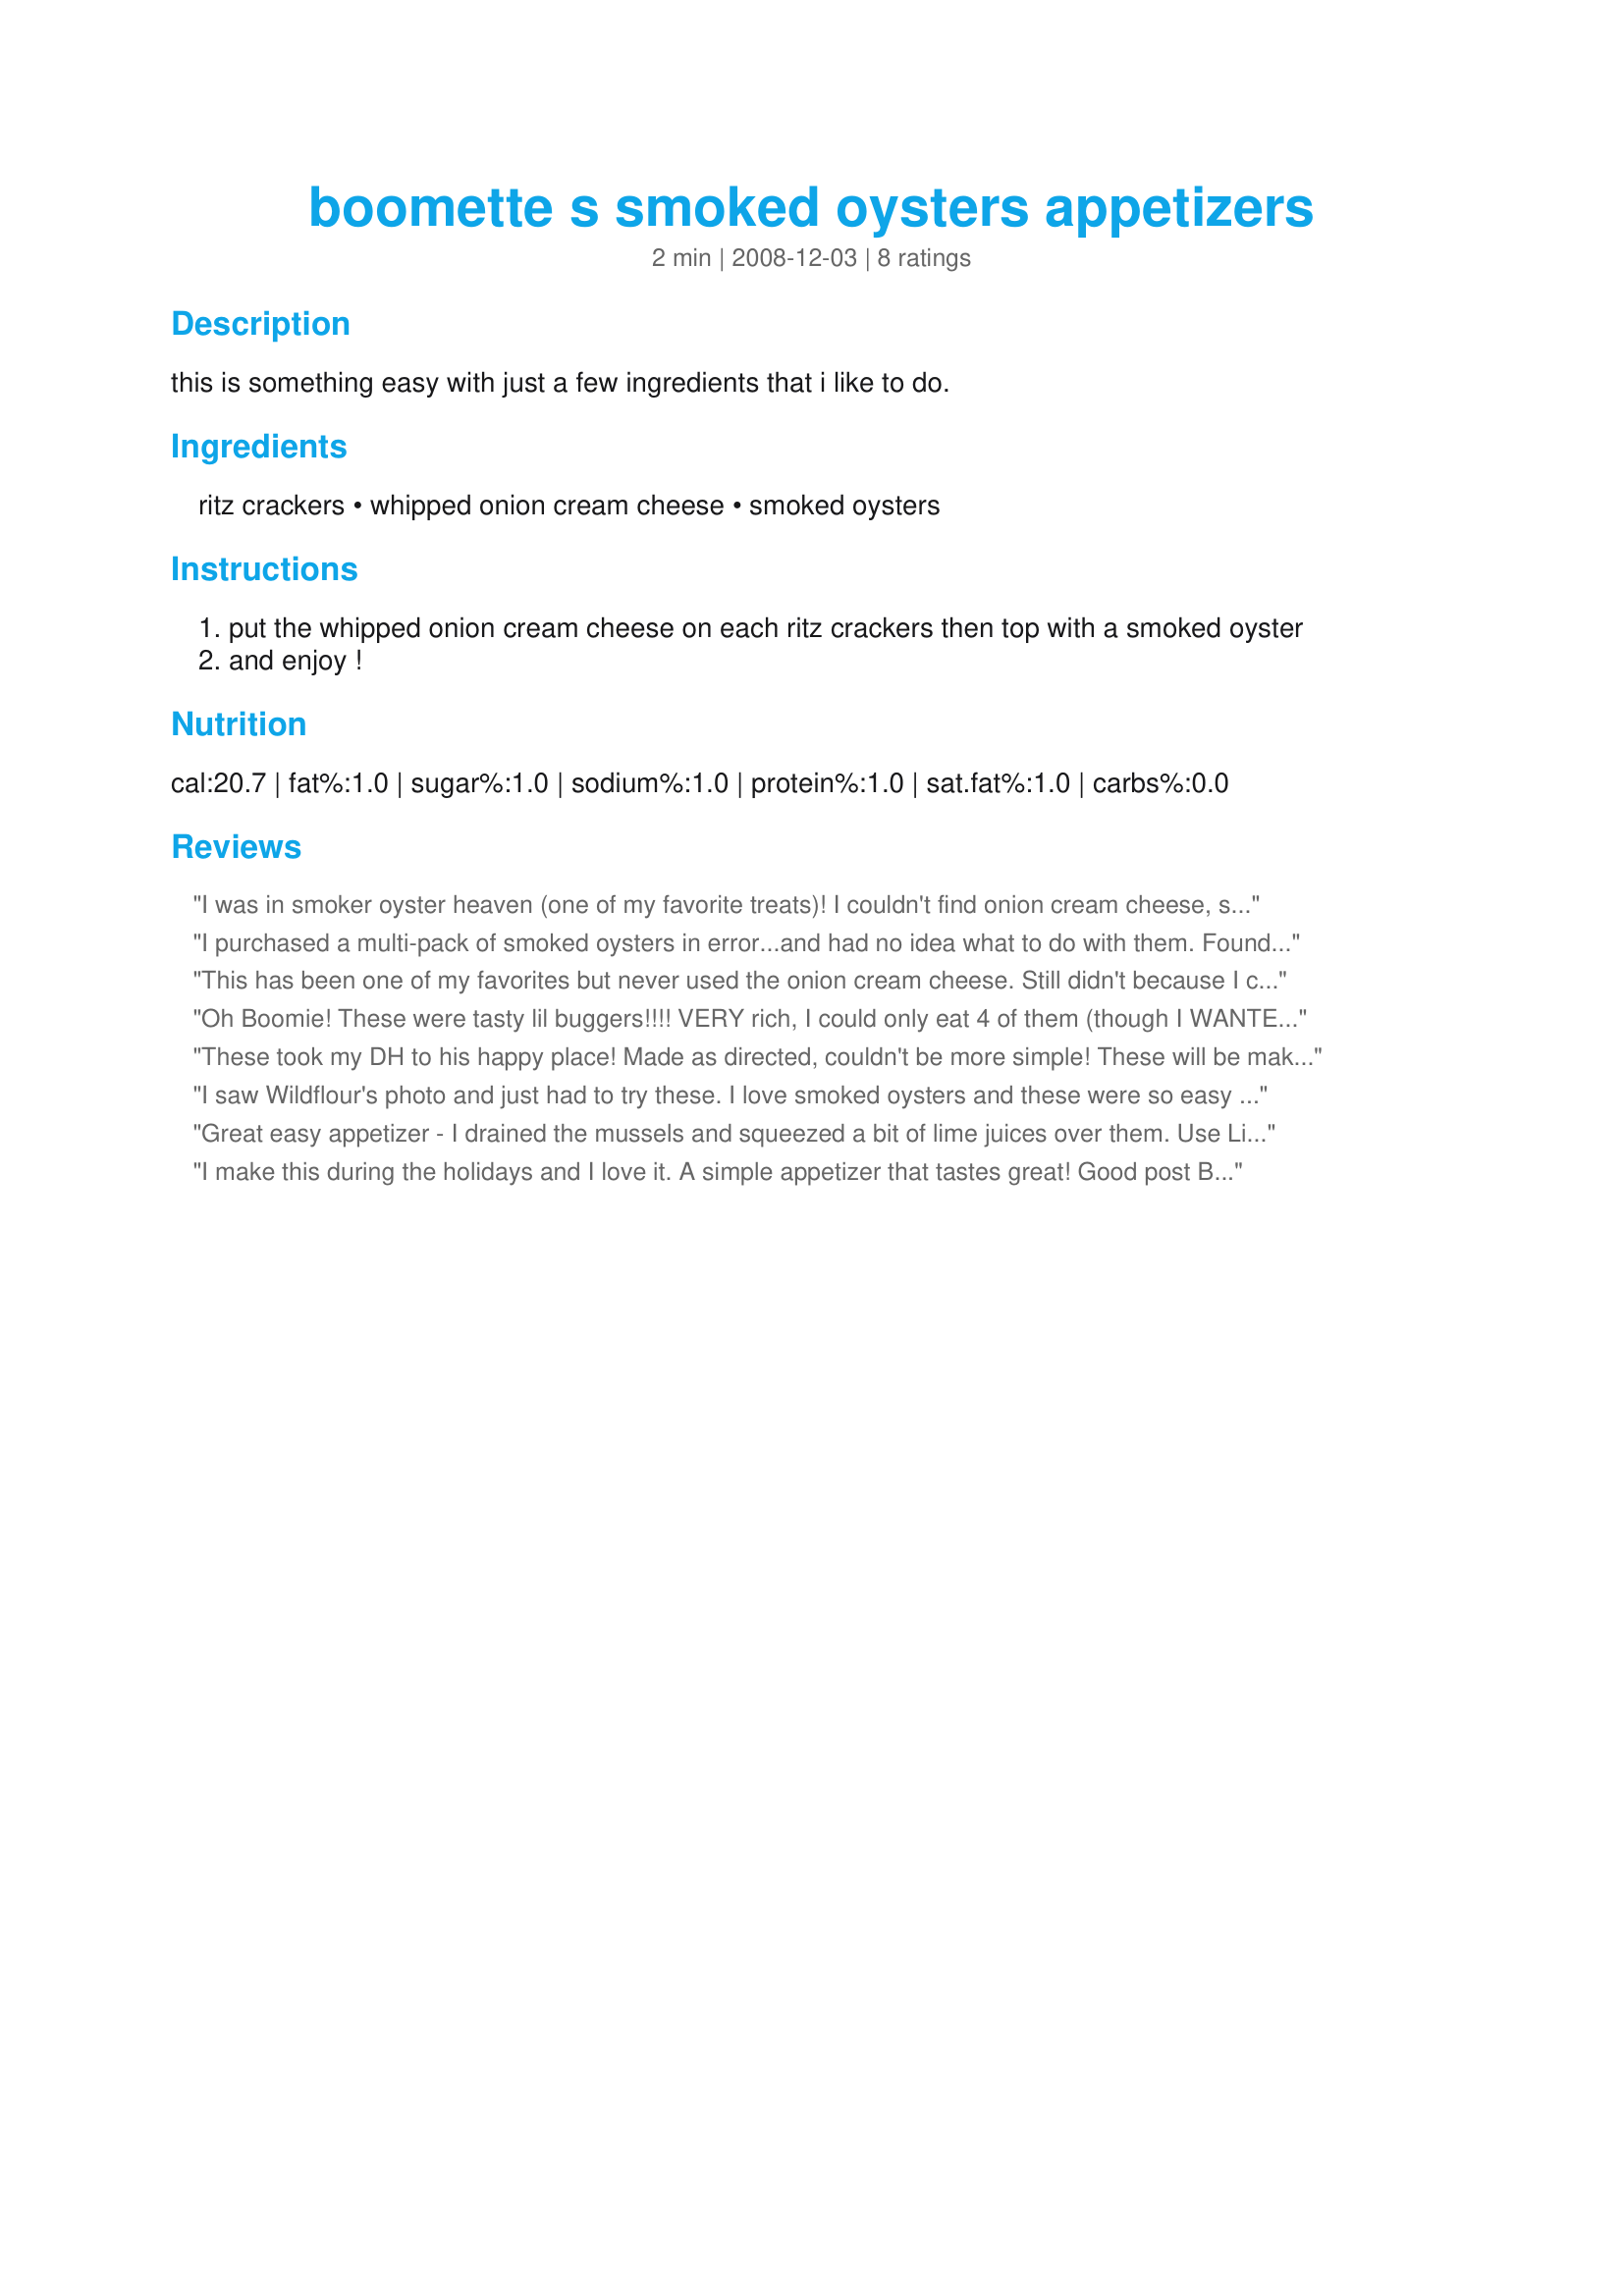
boomette s smoked oysters appetizers
Preparation time: 2 minutes

this is something easy with just a few ingredients that i like to do.

Ingredients:
ritz crackers, whipped onion cream cheese, smoked oysters

Steps:
put the whipped onion cream cheese on each ritz crackers then top with a smoked oyster
and enjoy !

Reviews:
I was in smoker oyster heaven (one of my favorite treats)! I couldn't find onion cream cheese, so had to use chive cream cheese instead. Also, I prefer water crackers, so used them. Overall, everything went beautifully with the oysters, and I will be making this often! Thanks so much for this great, yet simple, idea.
I purchased a multi-pack of smoked oysters in error...and had no idea what to do with them. Found this recipe, gave a whirl..and oh so YUMMY! I used Philadelphia Light- Chives and Onion cream cheese on roasted rosemary and garlic crackers. So SIMPLE and so YUMMY!
This has been one of my favorites but never used the onion cream cheese. Still didn't because I could not locate it but I did add chopped green onion into my whipped cream cheese. Added a nice color and great flavor. I served mine on multi-grain crackers that are about twice the size of Ritz so I doubled up on the oysters. Thanks for posting. This is how I'm making them in the future. :)
Oh Boomie! These were tasty lil buggers!!!! VERY rich, I could only eat 4 of them (though I WANTED MORE!! LOL!) I had to use Philly's Vegetable kind, they were out of the onion kind, but they were still fantastic!!! LOVED them!!! Next time I'll try the onion kind when they have it back in stock. Oh, and since my oysters were the tiny petite ones, I put 2 on each, and that worked out perfectly! :) These would be a GREAT addition to a Super Bowl buffet table!! :) Thanks so much! Really enjoyed them!!! :)
These took my DH to his happy place! Made as directed, couldn't be more simple! These will be making an appearance at all events that I host! Thanks, Boomette! Made for <b>Every Day's a Holiday</b>.
I saw Wildflour's photo and just had to try these. I love smoked oysters and these were so easy to prepare. I used Ritz Whole Wheat crackers, whipped onion and chive cream cheese and of course smoked oysters. Such a delicious and easy appetizer to prepare! I will prepare these often. Thanks Boomette!
Great easy appetizer - I drained the mussels and squeezed a bit of lime juices over them.<br/> Use Lite garden vegetable cream cheese - Loved the end result Served with a Martini
I make this during the holidays and I love it. A simple appetizer that tastes great! Good post Boomette!
